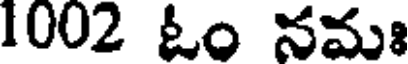
1002 ఓం నమః